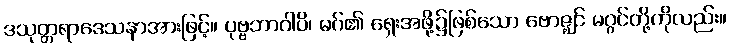
ဒသုတ္တရာဒေသနာအားဖြင့်။ ပုဗ္ဗဘာဂါပိ၊ မဂ်၏ ရှေးအဖို့၌ဖြစ်သော ဗောဇ္ဈင် မဂ္ဂင်တို့ကိုလည်း။